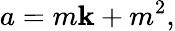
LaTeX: a=m\mathbf{k}+m^{2},